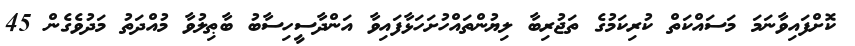
ކޮށްފައިވާނަމަ މަސައްކަތް ކުރިކަމުގެ ތަޖުރިބާ ލިޔުންތައްހުށަހަޅާފައިވާ އަންދާސީހިސާބު ބާޠިލުވާ މުއްދަތު މަދުވެގެން 45